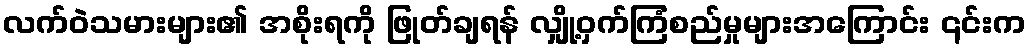
လက်ဝဲသမားများ၏ အစိုးရကို ဖြုတ်ချရန် လျှို့ဝှက်ကြံစည်မှုများအကြောင်း ၎င်းက